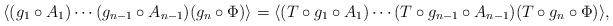
LaTeX: \begin{align*}\langle (g_1\circ A_1)\cdots(g_{n-1}\circ A_{n-1})(g_n\circ\Phi)\rangle =\langle(T\circ g_1\circ A_1)\cdots(T\circ g_{n-1}\circ A_{n-1})(T\circ g_n\circ \Phi)\rangle , \end{align*}